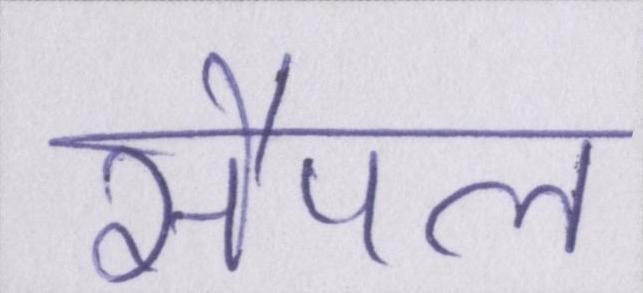
सैंपल